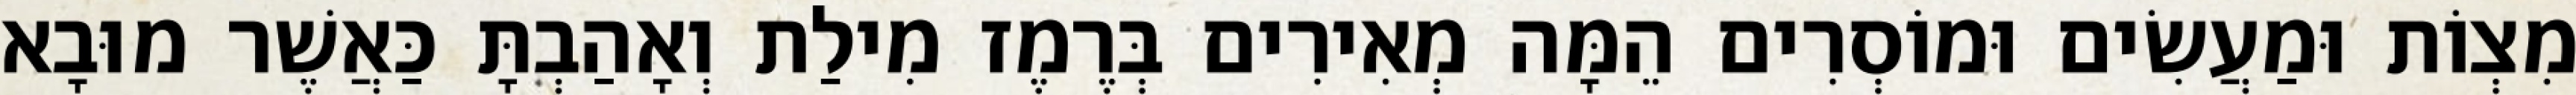
מִצְוֹת וּמַעֲשִׂים וּמוֹסְרִים הֵמָּה מְאִירִים בְּרֶמֶז מִילַת וְאָהַבְתָּ כַּאֲשֶׁר מוּבָא